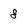
Character: 8